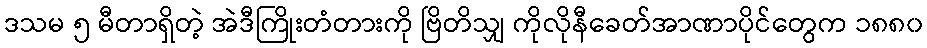
ဒသမ ၅ မီတာရှိတဲ့ အဲဒီကြိုးတံတားကို ဗြိတိသျှ ကိုလိုနီခေတ်အာဏာပိုင်တွေက ၁၈၈၀